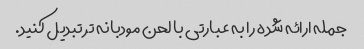
جمله ارائه شده را به عبارتی با لحن مودبانه تر تبدیل کنید.